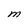
Character: M